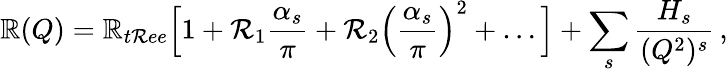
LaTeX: \mathbb{R}(Q)=\mathbb{R}_{t\mathcal{R}ee}\Big[1+\mathcal{R}_{1}\frac{{\alpha_{s}}}{{\pi}}+\mathcal{R}_{2}\left(\frac{{\alpha_{s}}}{{\pi}}\right)^{2}+\ldots\Big]+\sum_{s}\frac{{H_{s}}}{{(Q^{2})^{s}}}\, ,